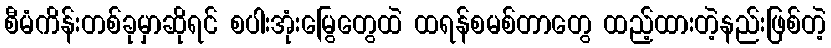
စီမံကိန်းတစ်ခုမှာဆိုရင် စပါးအုံးမြွေတွေထဲ ထရန်စမစ်တာတွေ ထည့်ထားတဲ့နည်းဖြစ်တဲ့